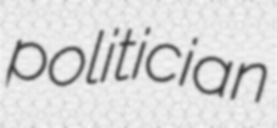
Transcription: politician